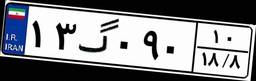
۱۳گ۰۹۰۱۰